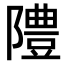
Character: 𨼷